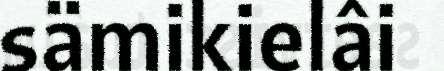
sämikielâi